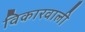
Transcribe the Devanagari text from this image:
विकारवाली